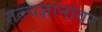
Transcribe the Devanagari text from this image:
तत्त्वज्ञानांवर